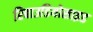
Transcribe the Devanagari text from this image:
रिबाउडियोसाइड